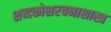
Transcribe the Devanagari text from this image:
शब्दकोशरचनाशास्त्र